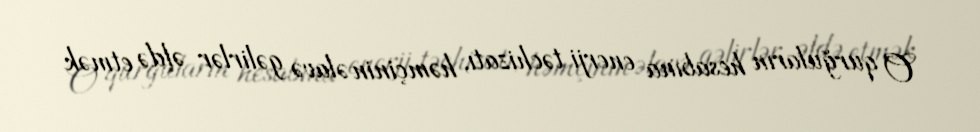
O qurğuların hesabına enerji təchizatı, həmçinin əlavə gəlirlər əldə etmək